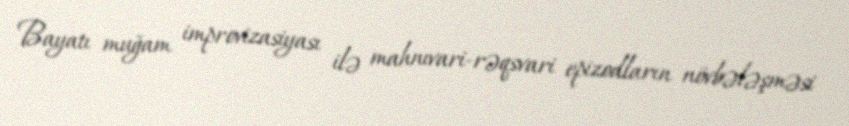
Bayatı muğam improvizasiyası ilə mahnıvari-rəqsvari epizodların növbələşməsi